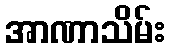
အာဏာသိမ်း